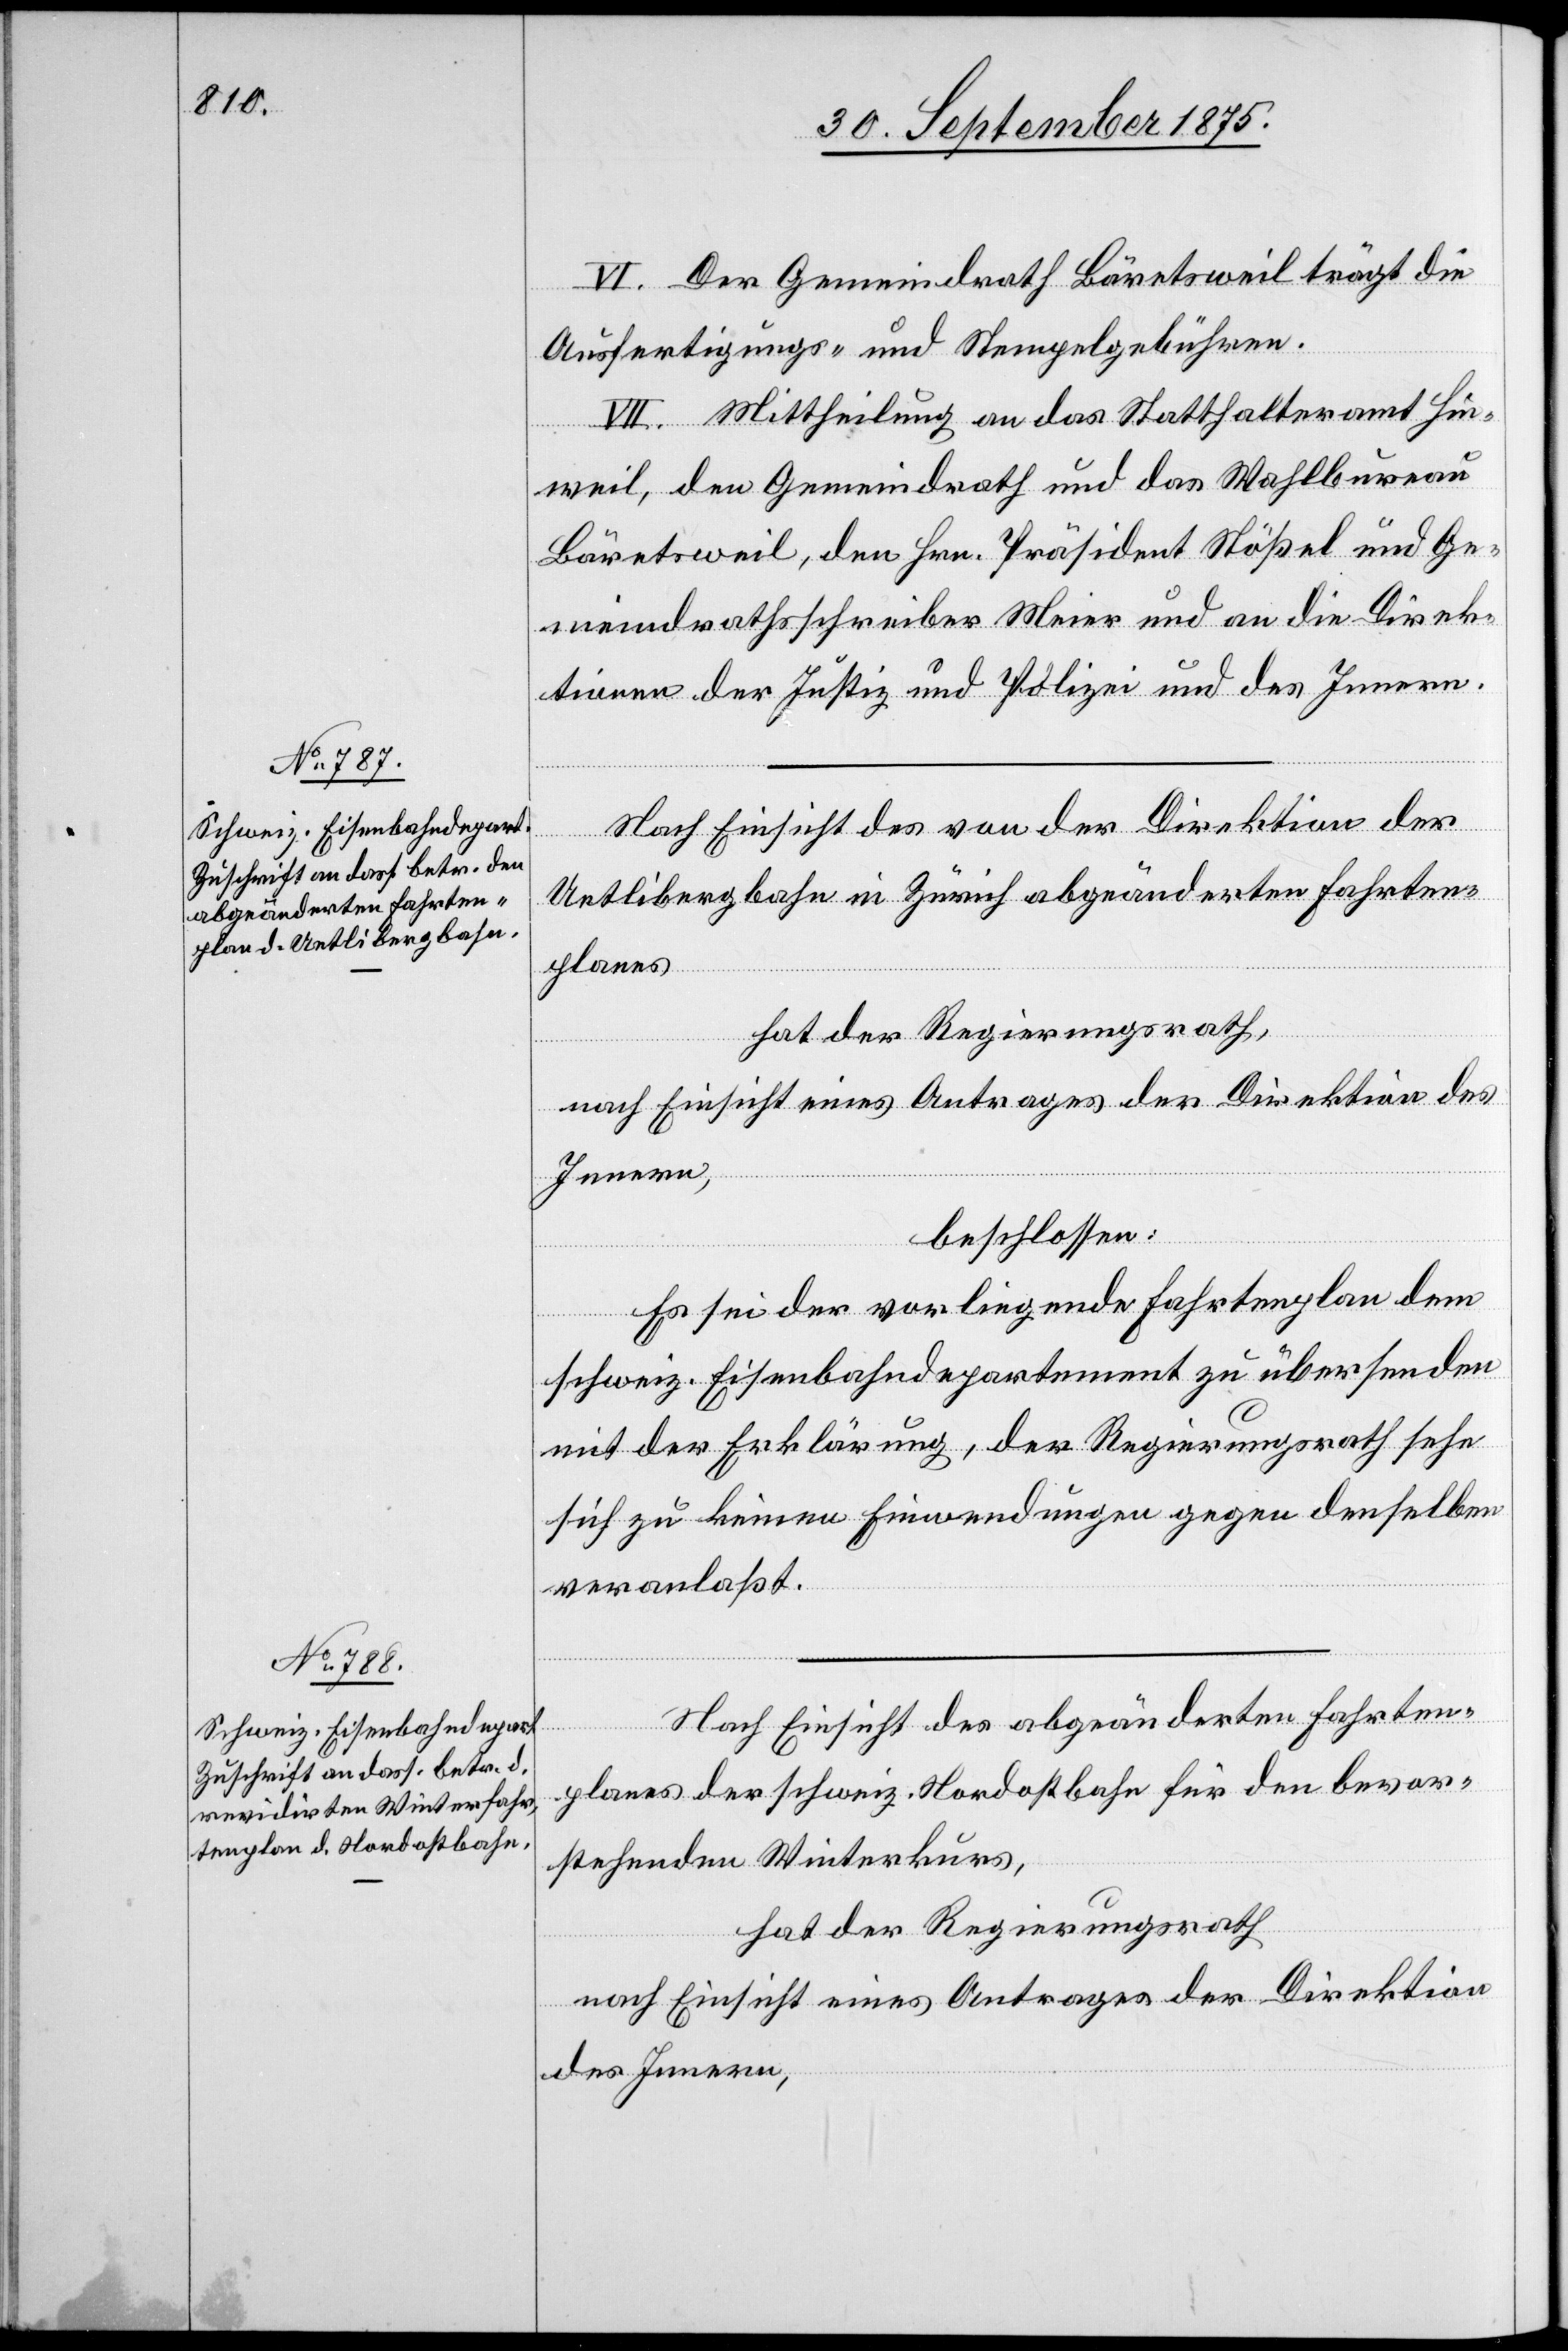
Nach Einsicht des von der Direktion der
Uetlibergbahn in Zürich abgeänderten Fahrten¬
planes
hat der Regierungsrath,
nach Einsicht eines Antrages der Direktion des
Innern,
beschlossen:
Es sei der vorliegende Fahrtenplan dem
schweiz. Eisenbahndepartement zu übersenden
mit der Erklärung, der Regierungsrath sehe
sich zu keinen Einwendungen gegen denselben
veranlaßt.
Nach Einsicht des abgeänderten Fahrten¬
planes der schweiz. Nordostbahn für den bevor¬
stehenden Winterkurs,
hat der Regierungsrath
nach Einsicht eines Antrages der Direktion
des Innern,